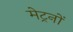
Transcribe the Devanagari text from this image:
मेट्रनों